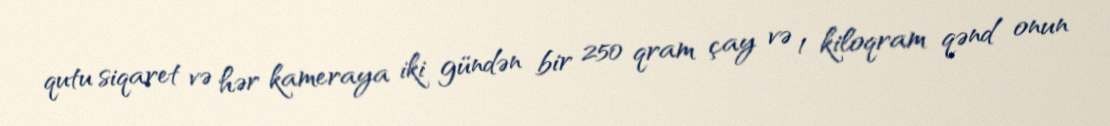
qutu siqaret və hər kameraya iki gündən bir 250 qram çay və 1 kiloqram qənd onun